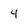
Character: 4